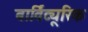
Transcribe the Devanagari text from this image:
बार्विट्यूरिक